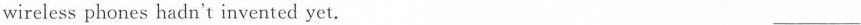
wireless phones hadn't invented yet. ___